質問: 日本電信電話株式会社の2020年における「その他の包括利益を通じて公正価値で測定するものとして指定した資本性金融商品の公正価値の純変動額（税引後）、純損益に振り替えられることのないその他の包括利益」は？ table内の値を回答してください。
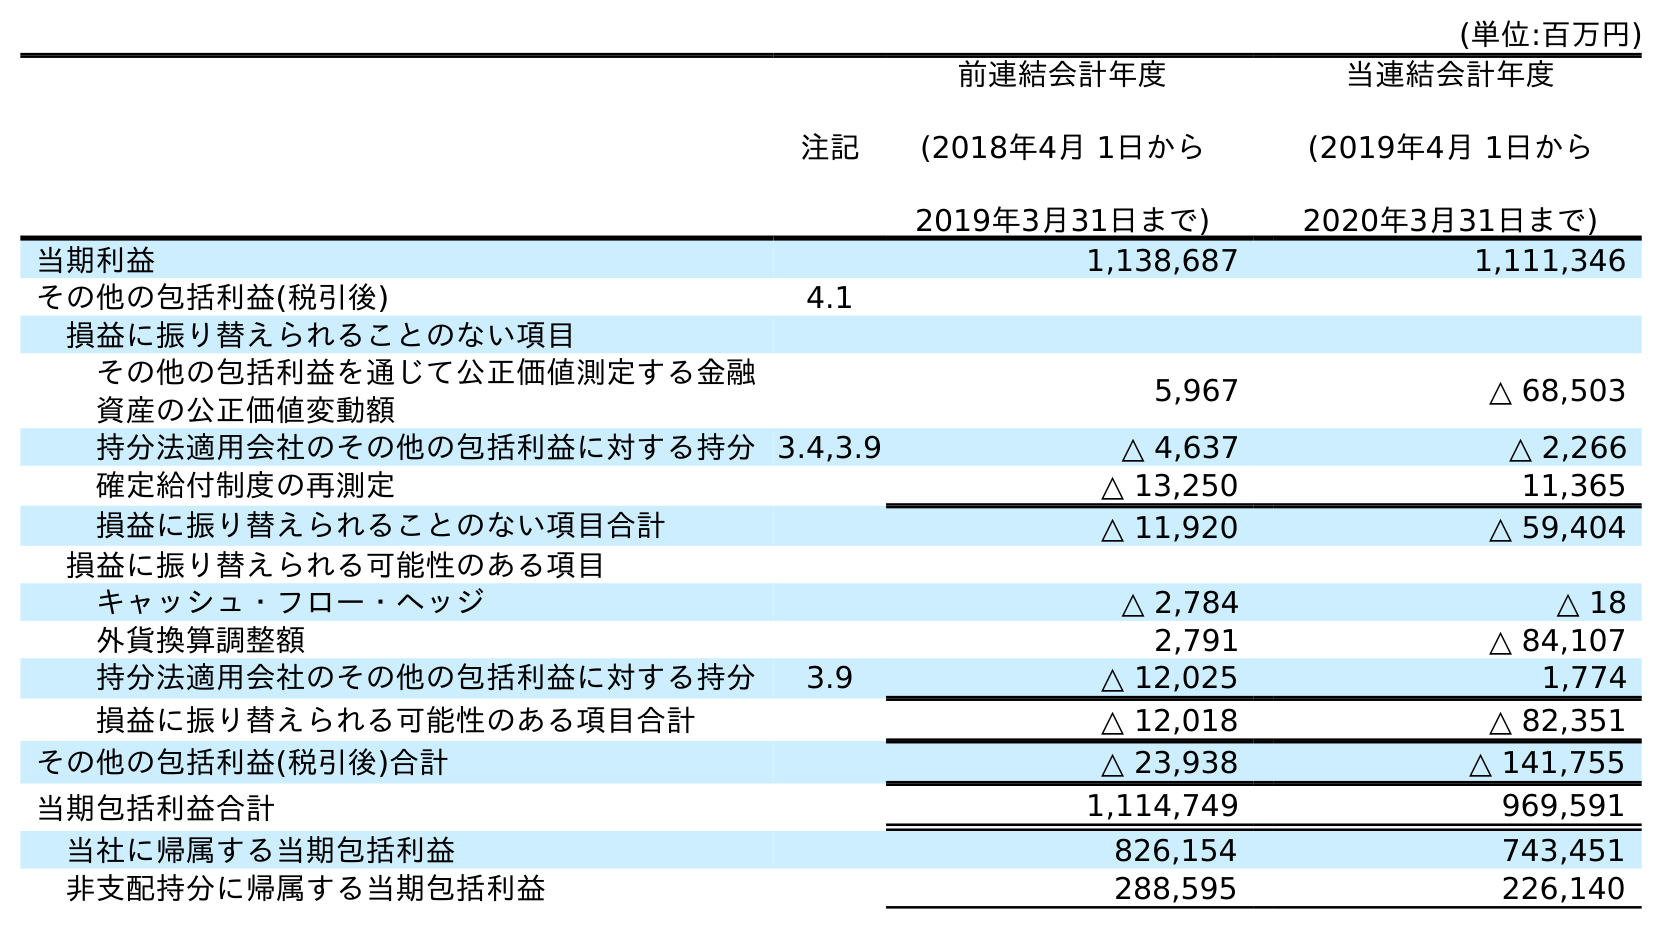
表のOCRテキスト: (単位:百万円) 注記 前連結会計年度 (2018年4月 1日から 2019年3月31日まで) 当連結会計年度 (2019年4月 1日から 2020年3月31日まで) 当期利益 1,138,687 1,111,346 その他の包括利益(税引後) 4.1 損益に振り替えられることのない項目 その他の包括利益を通じて公正価値測定する金融 資産の公正価値変動額 5,967 △ 68,503 持分法適用会社のその他の包括利益に対する持分3.4,3.9 △ 4,637 △ 2,266 確定給付制度の再測定 △ 13,250 11,365 損益に振り替えられることのない項目合計 △ 11,920 △ 59,404 損益に振り替えられる可能性のある項目 キャッシュ・フロー・ヘッジ △ 2,784 △ 18 外貨換算調整額 2,791 △ 84,107 持分法適用会社のその他の包括利益に対する持分 3.9 △ 12,025 1,774 損益に振り替えられる可能性のある項目合計 △ 12,018 △ 82,351 その他の包括利益(税引後)合計 △ 23,938 △ 141,755 当期包括利益合計 1,114,749 969,591 当社に帰属する当期包括利益 826,154 743,451 非支配持分に帰属する当期包括利益 288,595 226,140
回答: △68,503